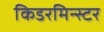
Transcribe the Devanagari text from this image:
किडरमिन्स्टर